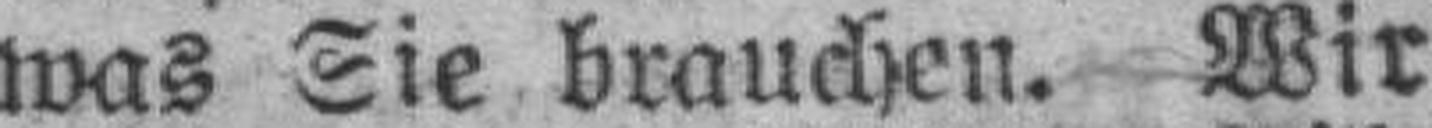
was Sie brauchen. Wir